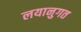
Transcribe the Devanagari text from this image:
लयानुगत